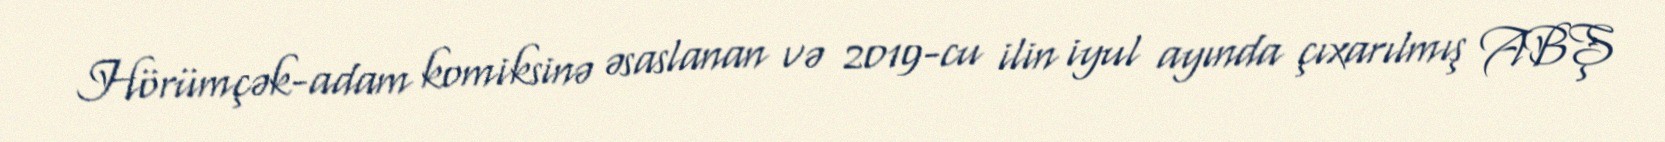
Hörümçək-adam komiksinə əsaslanan və 2019-cu ilin iyul ayında çıxarılmış ABŞ